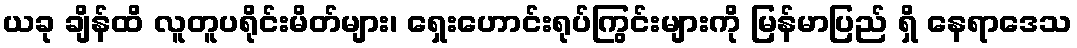
ယခု ချိန်ထိ လူတူပရိုင်းမိတ်များ၊ ရှေးဟောင်းရုပ်ကြွင်းများကို မြန်မာပြည် ရှိ နေရာဒေသ